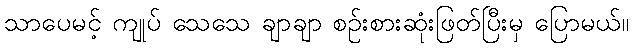
သာပေမင့် ကျုပ် သေသေ ချာချာ စဉ်းစားဆုံးဖြတ်ပြီးမှ ပြောမယ်။